Annual report of the Punjab Veterinary College and of the Civil Veterinary Department, Punjab - 1920-1925
Year: 1920
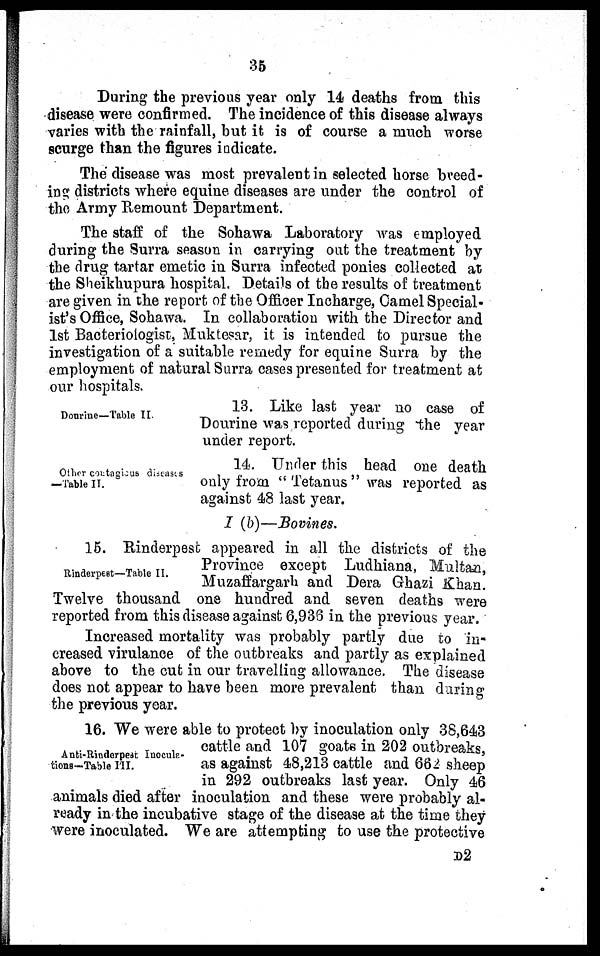
35
During the previous year only 14 deaths from this
disease were confirmed. The incidence of this disease always
varies with the rainfall, but it is of course a much worse
scurge than the figures indicate.
The disease was most prevalent in selected horse breed-
ing districts where equine diseases are under the control of
the Army Remount Department.
The staff of the Sohawa Laboratory was employed
during the Surra season in carrying out the treatment by
the drug tartar emetic in Surra infected ponies collected at
the Sheikhupura hospital. Details of the results of treatment
are given in the report of the Officer Incharge, Camel Special-
ist's Office, Sohawa. In collaboration with the Director and
1st Bacteriologist, Muktesar, it is intended to pursue the
investigation of a suitable remedy for equine Surra by the
employment of natural Surra cases presented for treatment at
our hospitals.
Dourine—Table II.
13. Like last year no case of
Dourine was reported during the year
under report.
Other contagious diseases
—Table II.
14. Under this head one death
only from "Tetanus" was reported as
against 48 last year.
I (b)—Bovines.
Rinderpest—Table II.
15. Rinderpest appeared in all the districts of the
Province except Ludhiana, Multan,
Muzaffargarh and Dera Ghazi Khan.
Twelve thousand one hundred and seven deaths were
reported from this disease against 6,936 in the previous year.
Increased mortality was probably partly due to in-
creased virulance of the outbreaks and partly as explained
above to the cut in our travelling allowance. The disease
does not appear to have been more prevalent than during
the previous year.
Anti-Rinderpest Inocula-
tions—Table III.
16. We were able to protect by inoculation only 38,643
cattle and 107 goats in 202 outbreaks,
as against 48,213 cattle and 662 sheep
in 292 outbreaks last year. Only 46
animals died after inoculation and these were probably al-
ready in the incubative stage of the disease at the time they
were inoculated. We are attempting to use the protective
D2